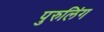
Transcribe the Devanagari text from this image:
पुरुलिंग